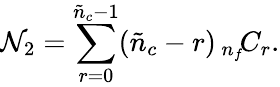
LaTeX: {\cal N}_{2}=\sum_{r=0}^{\tilde{n}_{c}-1}(\tilde{n}_{c}-r)\, {}_{n_{f}}\! C_{r}.